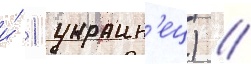
и́ 1 украин'ец) //